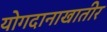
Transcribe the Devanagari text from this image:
योगदानाखातीर